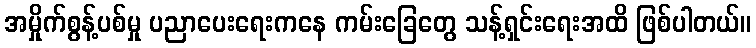
အမှိုက်စွန့်ပစ်မှု ပညာပေးရေးကနေ ကမ်းခြေတွေ သန့်ရှင်းရေးအထိ ဖြစ်ပါတယ်။